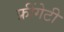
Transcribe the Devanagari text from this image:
फ्रींगेटी